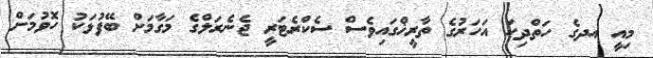
މިއީ އދގެ ހަތްދިހަ އަހަރުގެ ތާރީޚްގައިވެސް ސެކްރެޓަރީ ޖެނެރަލްގެ މަގާމަށް ބޭފުޅަކު ހޮވުމަށް